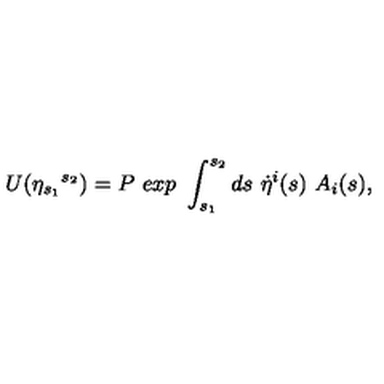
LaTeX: U ( { \eta } _ { s _ { 1 } } { } ^ { s _ { 2 } } ) = P \ e x p \ \int _ { s _ { 1 } } ^ { s _ { 2 } } d s \ { \dot { \eta } } ^ { i } ( s ) \ A _ { i } ( s ) ,